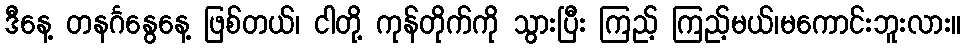
ဒီနေ့ တနင်္ဂနွေနေ့ ဖြစ်တယ်၊ ငါတို့ ကုန်တိုက်ကို သွားပြီး ကြည့် ကြည့်မယ်၊မကောင်းဘူးလား။